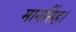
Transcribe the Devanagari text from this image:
मानसिंह।